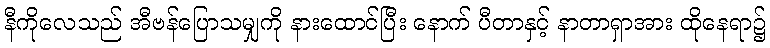
နီကိုလေသည် အီဗန်ပြောသမျှကို နားထောင်ပြီး နောက် ပီတာနှင့် နာတာရှာအား ထိုနေရာ၌